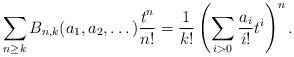
LaTeX: \begin{align*}\sum_{n\geq k}B_{n,k}(a_1,a_2,\dots){t^n\over n!}=\frac1{k!}\left(\sum_{i>0}{a_i\over i!}t^i\right)^n.\end{align*}